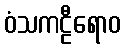
ဝံသကဠီရောဝ